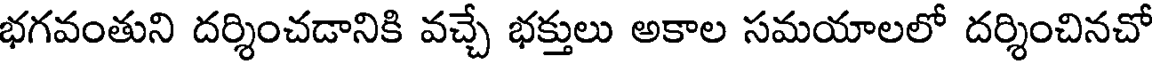
భగవంతుని దర్శించడానికి వచ్చే భక్తులు అకాల సమయాలలో దర్శించినచో